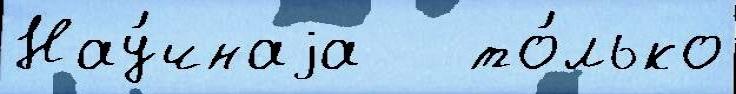
Нау́чнаjа   то́лько